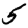
Digit: 5